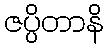
ဇပ္ပိတာနိ